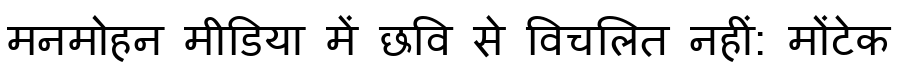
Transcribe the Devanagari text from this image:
मनमोहन मीडिया में छवि से विचलित नहीं: मोंटेक